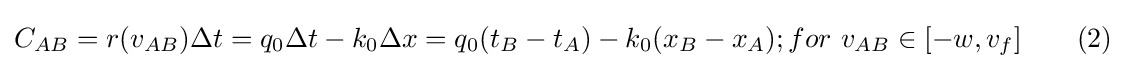
C_{AB}=r(v_{AB})\Delta {t}=q_{0}\Delta {t}-k_{0}\Delta {x}=q_{0}(t_{B}-t_{A})-k_{0}(x_{B}-x_{A});for\ v_{AB}\in [-w,v_{f}]\qquad (2)